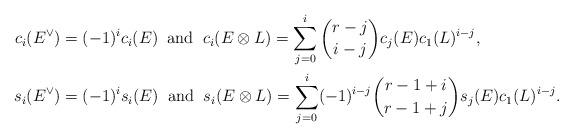
LaTeX: \begin{align*}c_i(E^{\vee}) &= (-1)^i c_i(E) \;\; {\rm and} \;\; c_i(E \otimes L) = \sum_{j=0}^i {r-j \choose i - j} c_j(E) c_1(L)^{i-j}, \\s_i(E^{\vee}) &= (-1)^i s_i(E) \;\; {\rm and} \;\; s_i(E \otimes L) = \sum_{j=0}^i (-1)^{i-j}{r-1+i \choose r-1 + j} s_j(E) c_1(L)^{i-j}.\end{align*}